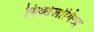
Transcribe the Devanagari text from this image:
बिओलोगिस्ट्स